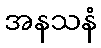
အနသနံ